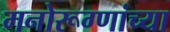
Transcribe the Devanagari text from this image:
मनोरूग्णांच्या